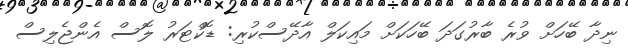
ނިދާ ބޭހަށް ވުރެ ބާރުގަދަ ބޭހަކަށް މައިކަލް އާދޭސްކުރި: ޑޮކްޓަރު ލޮސް އެންޖެލިސް